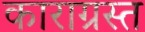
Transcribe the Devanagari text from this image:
काराग्रस्त